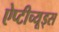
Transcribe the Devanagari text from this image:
ऐप्टीच्यूड्स